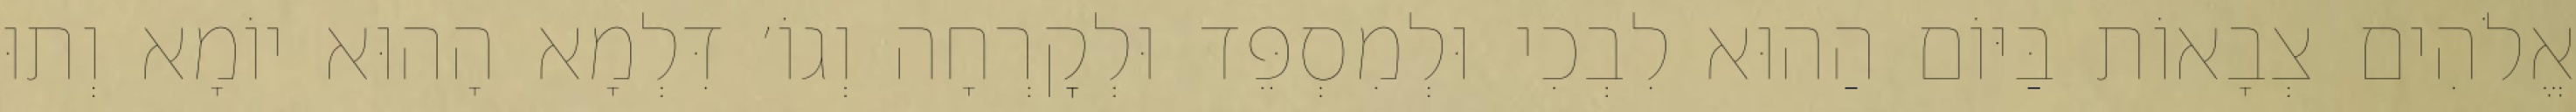
אֱלֹהִים צְבָאוֹת בַּיּוֹם הַהוּא לִבְכִי וּלְמִסְפֵּד וּלְקׇרְחָה וְגוֹ׳ דִּלְמָא הָהוּא יוֹמָא וְתוּ